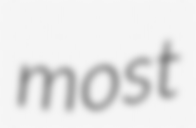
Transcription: most